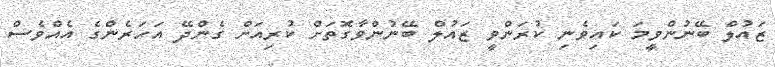
ޒައުލް ބޭނުންވީމަ ކައިވެނި ކުރަންވީ ޒައުލް ބޭނުންވާގޮތަށް ކުރިއަށް ގެންދޭ އަހަރެންގެ އެއްވެސް